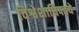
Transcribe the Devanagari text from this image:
विश्वेशाधिपतये